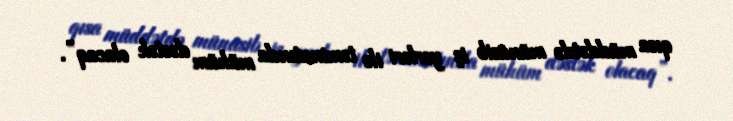
qısa müddətdə münasib iş yerləri ilə təminatında mühüm dəstək olacaq”.